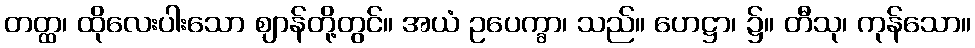
တတ္ထ၊ ထိုလေးပါးသော ဈာန်တို့တွင်။ အယံ ဥပေက္ခာ၊ သည်။ ဟေဋ္ဌာ၊ ၌။ တီသု၊ ကုန်သော။